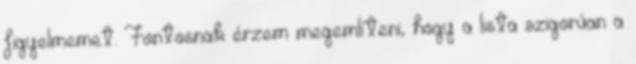
figyelmemet. Fontosnak érzem megemlíteni, hogy a lista szigorúan a